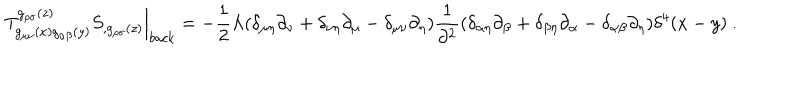
LaTeX: \left. T _ { g _ { \mu \nu } ( x ) g _ { \alpha \beta } ( y ) } ^ { g _ { \rho \sigma } ( z ) } S _ { , g _ { \rho \sigma } ( z ) } \right\vert _ { b a c k } = - \frac { 1 } { 2 } \Lambda ( \delta _ { \mu \eta } \partial _ { \nu } + \delta _ { \nu \eta } \partial _ { \mu } - \delta _ { \mu \nu } \partial _ { \eta } ) \frac { 1 } { \partial ^ { 2 } } ( \delta _ { \alpha \eta } \partial _ { \beta } + \delta _ { \beta \eta } \partial _ { \alpha } - \delta _ { \alpha \beta } \partial _ { \eta } ) \delta ^ { 4 } ( x - y ) \ .